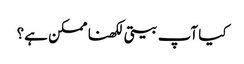
کیا آپ بیتی لکھنا ممکن ہے؟